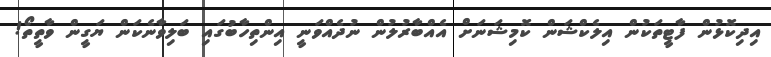
އިދިކޮޅުން ފާޓީތަކުން އިލެކްޝަން ކޮމިޝަނަށް އެއްބާރުލުން ނުދެއްވަނީ އިންތިހާބުގައި ބަލިވާނެކަން ޔަގީން ވާތީތޯ!